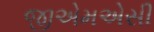
જીએમએસી